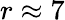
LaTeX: r\approx 7